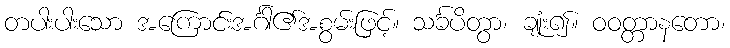
တပါးပါးသော အကြောင်းအင်္ဂါ၏အစွမ်းဖြင့်။ သင်္ခပိတွာ၊ ချုံး၍။ ဝဝတ္တာနတော၊